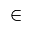
\in